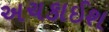
અચકાઈશ